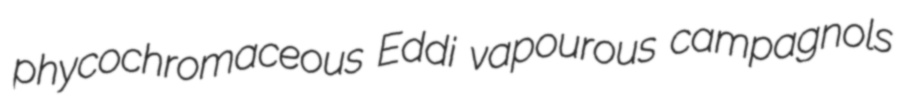
phycochromaceous Eddi vapourous campagnols